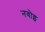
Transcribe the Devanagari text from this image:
नवोइ